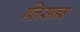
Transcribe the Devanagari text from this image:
प्लिसान्स